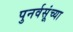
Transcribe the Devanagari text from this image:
पुनर्वसूंच्या